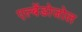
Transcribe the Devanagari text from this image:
एल्बेंडोजोल